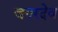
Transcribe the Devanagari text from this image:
जगरदेव